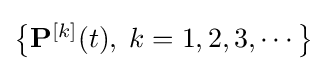
{\textstyle \left\{\mathbf {P} ^{[k]}(t),\;k=1,2,3,\cdots \right\}}